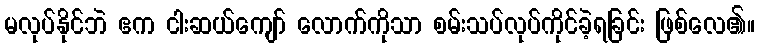
မလုပ်နိုင်ဘဲ ဧက ငါးဆယ်ကျော် လောက်ကိုသာ စမ်းသပ်လုပ်ကိုင်ခဲ့ရခြင်း ဖြစ်လေ၏။